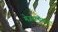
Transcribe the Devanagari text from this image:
मेजबानीकृत